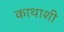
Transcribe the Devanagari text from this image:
काथाशी